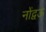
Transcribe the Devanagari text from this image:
नोंद्वऊ